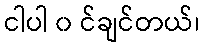
ငါပါ ၀ င်ချင်တယ်၊